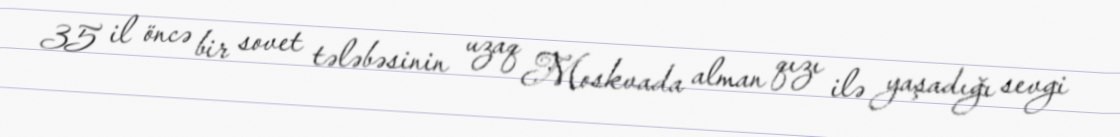
35 il öncə bir sovet tələbəsinin uzaq Moskvada alman qızı ilə yaşadığı sevgi